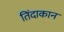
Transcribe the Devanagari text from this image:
तिंदाकान